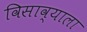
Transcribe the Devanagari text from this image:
विसाव्याला